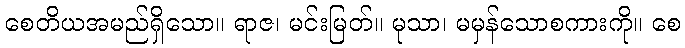
စေတိယအမည်ရှိသော။ ရာဇ၊ မင်းမြတ်။ မုသာ၊ မမှန်သောစကားကို။ စေ